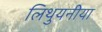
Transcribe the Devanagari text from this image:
लिथुयनीया